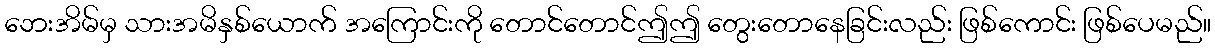
ဘေးအိမ်မှ သားအမိနှစ်ယောက် အကြောင်းကို တောင်တောင်ဤဤ တွေးတောနေခြင်းလည်း ဖြစ်ကောင်း ဖြစ်ပေမည်။